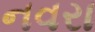
નવરા